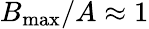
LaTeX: B_{\operatorname*{max}}/A\approx 1